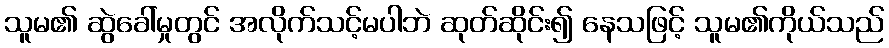
သူမ၏ ဆွဲခေါ်မှုတွင် အလိုက်သင့်မပါဘဲ ဆုတ်ဆိုင်း၍ နေသဖြင့် သူမ၏ကိုယ်သည်